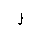
Letter: _lam